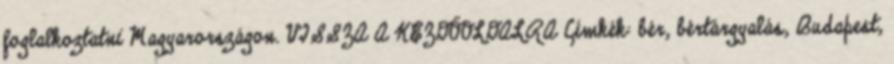
foglalkoztatni Magyarországon. VISSZA A KEZDŐOLDALRA Címkék: bér, bértárgyalás, Budapest,